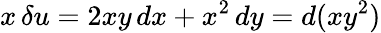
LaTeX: x\, \delta u=2xy\, dx+x^{2}\, dy=d(xy^{2})